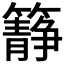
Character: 𥶹